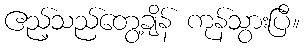
ဧည့်သည်တွေ့ချိန် ကုန်သွားပြီ။